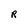
Character: R